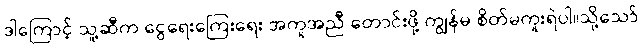
ဒါကြောင့် သူ့ဆီက ငွေရေးကြေးရေး အကူအညီ တောင်းဖို့ ကျွန်မ စိတ်မကူးရဲပါ။သို့သော်